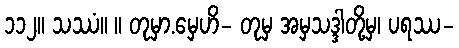
၁၁၂။ သဿံ။ ။ တုမှာ.မှေဟိ- တုမှ အမှသဒ္ဒါတို့မှ၊ ပရဿ-